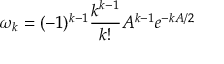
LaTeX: \omega _ { k } = ( - 1 ) ^ { k - 1 } \frac { k ^ { k - 1 } } { k ! } A ^ { k - 1 } e ^ { - k A / 2 }